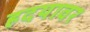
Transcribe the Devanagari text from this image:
ह्रदयावर